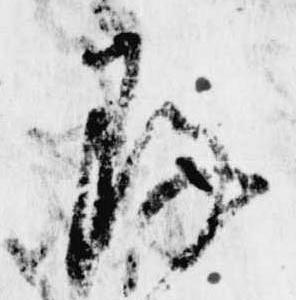
存